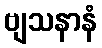
ဗျသနာနံ